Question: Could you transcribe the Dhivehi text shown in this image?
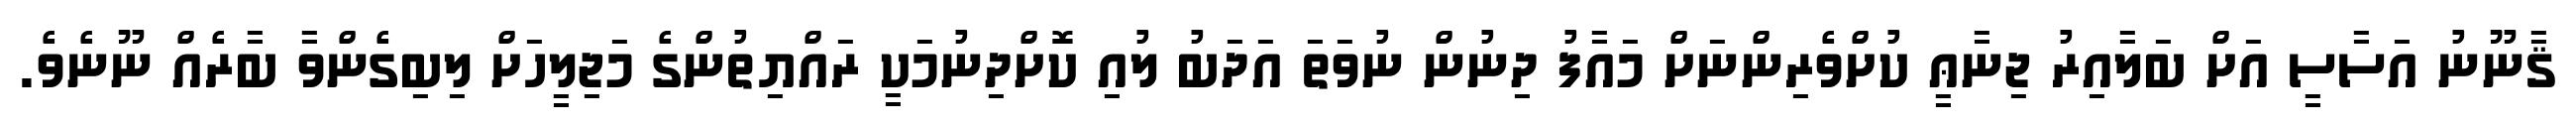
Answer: ޤާނޫނު އަސާސީ އަށް ބަލާއިރު ޖިނާޢީ ކުށްވެރިންނަށް މައާފު ދިނުން ނުވަތަ އަދަބު ލުއި ކޮށްދިނުމަކީ ރައްޔިތުންގެ މަޖިލީހަށް ލިބިގެންވާ ބާރެއް ނޫނެވެ.